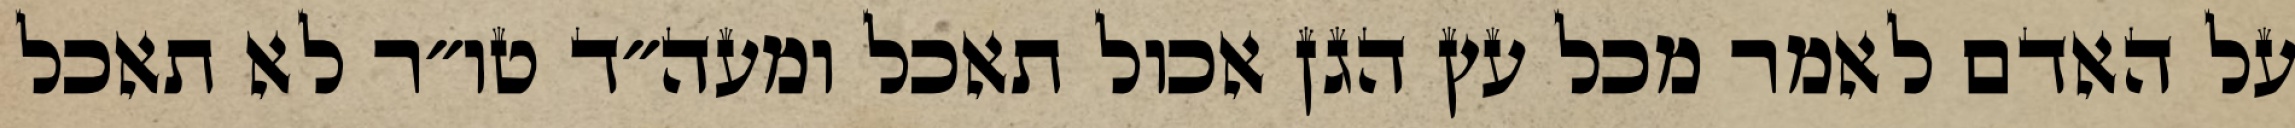
על האדם לאמר מכל עץ הגן אכול תאכל ומעה״ד טו״ר לא תאכל